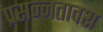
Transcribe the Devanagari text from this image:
प्रसन्नतावश